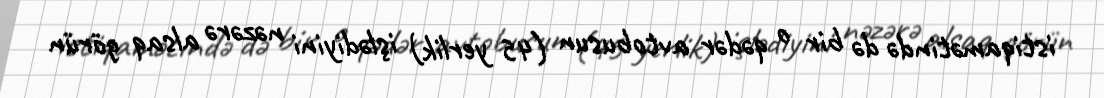
istiqamətində də bir o qədər avtobusun (45 yerlik) işlədiyini nəzərə alsaq görün